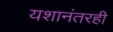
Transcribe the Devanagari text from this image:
यशानंतरही